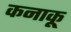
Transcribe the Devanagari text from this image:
कनाकू